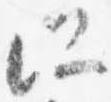
所